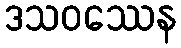
ဒသဝဿေန